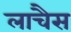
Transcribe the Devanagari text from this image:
लाचैस